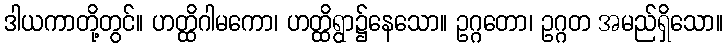
ဒါယကာတို့တွင်။ ဟတ္ထိဂါမကော၊ ဟတ္ထိရွာ၌နေသော။ ဥဂ္ဂတော၊ ဥဂ္ဂတ အမည်ရှိသော။